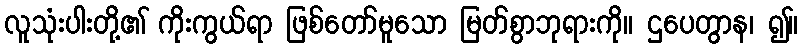
လူသုံးပါးတို့၏ ကိုးကွယ်ရာ ဖြစ်တော်မူသော မြတ်စွာဘုရားကို။ ဌပေတွာန၊ ၍။